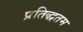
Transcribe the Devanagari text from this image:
प्रतिद्धतम